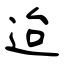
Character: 迨